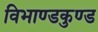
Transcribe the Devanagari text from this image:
विभाण्डकुण्ड